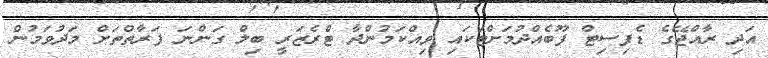
އަދި ރާއްޖޭގެ ޑެފިސިޓް ފޫބެއްދުމަށްޓަކައި ވިއްކަމުންދާ ޓްރެޒަރީ ބިލް ގަންނަ ފަރާތްތަށް މަދުވަމުން